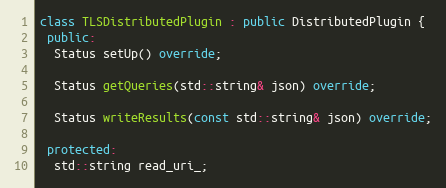
Language: C++
class TLSDistributedPlugin : public DistributedPlugin {
 public:
  Status setUp() override;

  Status getQueries(std::string& json) override;

  Status writeResults(const std::string& json) override;

 protected:
  std::string read_uri_;